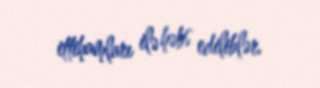
ittihamları ilə həbs ediliblər.